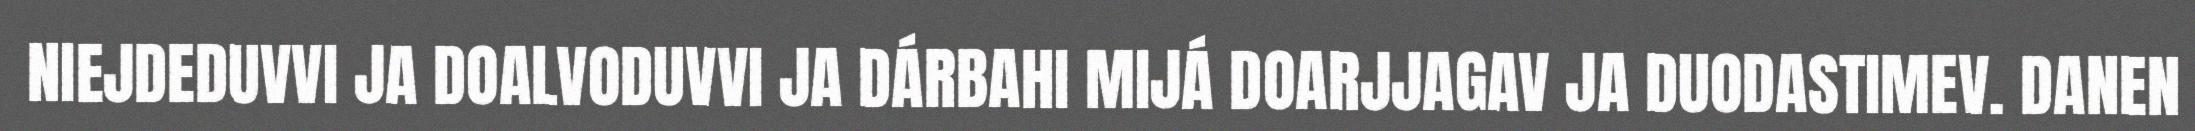
NIEJDEDUVVI JA DOALVODUVVI JA DÁRBAHI MIJÁ DOARJJAGAV JA DUODASTIMEV. DANEN